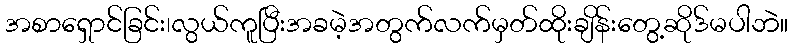
အစာရှောင်ခြင်း၊လွယ်ကူပြီးအခမဲ့အတွက်လက်မှတ်ထိုးချိန်းတွေ့ဆိုဒ်မပါဘဲ။